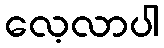
လေ့လာပါ